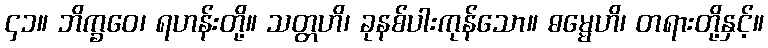
၄၁။ ဘိက္ခဝေ၊ ရဟန်းတို့။ သတ္တဟိ၊ ခုနစ်ပါးကုန်သော။ ဓမ္မေဟိ၊ တရားတို့နှင့်။